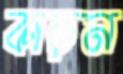
কাড়ন